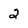
Character: 2